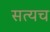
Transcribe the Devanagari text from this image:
सत्यच